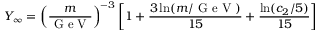
Y _ { \infty } = \left( \frac { m } { \textrm { G e V } } \right) ^ { - 3 } \left[ 1 + \frac { 3 \ln ( m / \textrm { G e V } ) } { 1 5 } + \frac { \ln ( c _ { 2 } / 5 ) } { 1 5 } \right]